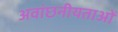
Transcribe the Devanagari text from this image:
अवांछनीयताओं